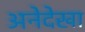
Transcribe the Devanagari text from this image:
अनेदेखा